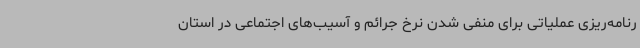
رنامه‌ریزی عملیاتی برای منفی شدن نرخ جرائم و آسیب‌های اجتماعی در استان